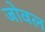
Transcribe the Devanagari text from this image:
जोवल